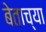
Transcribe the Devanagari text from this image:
बेताच्या